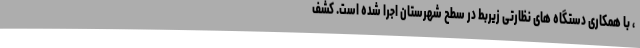
، با همکاری دستگاه های نظارتی زیربط در سطح شهرستان اجرا شده است. کشف